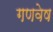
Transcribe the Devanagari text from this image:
गणवेष